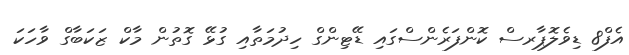
އެފް8 ޑިވެލޮޕާރސް ކޮންފަރެންސްގައި ޑޭޓިންގް ހިދުމަތާއި ގުޅޭ ގޮތުން މާކް ޒަކަބާގް ވާހަކަ